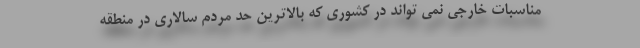
مناسبات خارجی نمی تواند در کشوری که بالاترین حد مردم سالاری در منطقه